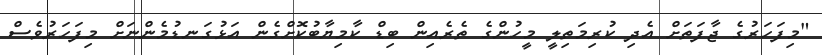
"މިފަހަރުގެ ޖާފަތަށް އެދި ކުރިމަތިލީ މީހުންގެ ތެރެއިން ބިޑް ކާމިޔާބުކޮށްގެން އަޅުގަނޑުމެންނަށް މިފަހަރުވެސް